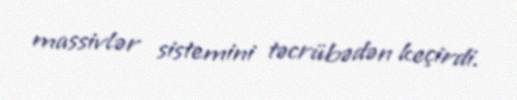
massivlər sistemini təcrübədən keçirdi.